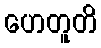
ဟေတူတိ